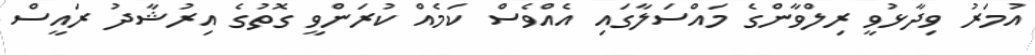
އުމަރު ވިދާޅުވީ ރިލްވާންގެ މައްސަލާގައި އެއްވެސް ކަމެއް ކުރަންވީ ގޮތުގެ އިރުޝާދު ރައީސް